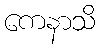
ကေနာသိ